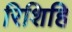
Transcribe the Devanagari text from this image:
रिशिहि